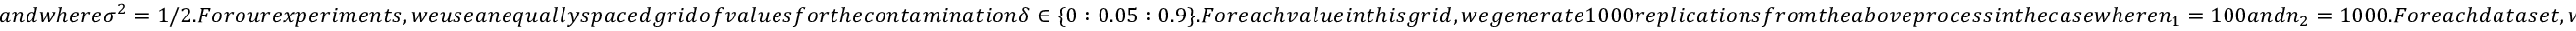
a n d w h e r e \sigma ^ { 2 } = 1 / 2 . F o r o u r e x p e r i m e n t s , w e u s e a n e q u a l l y s p a c e d g r i d o f v a l u e s f o r t h e c o n t a m i n a t i o n \delta \in \{ 0 : 0 . 0 5 : 0 . 9 \} . F o r e a c h v a l u e i n t h i s g r i d , w e g e n e r a t e 1 0 0 0 r e p l i c a t i o n s f r o m t h e a b o v e p r o c e s s i n t h e c a s e w h e r e n _ { 1 } = 1 0 0 a n d n _ { 2 } = 1 0 0 0 . F o r e a c h d a t a s e t , w e a p p l y t h e c u t , e x a c t , a n d S M P \pi _ { \widehat \omega } ( \theta \mid Z ) b a s e d o n t h e w e i g h t